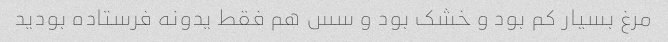
مرغ بسیار کم بود و خشک بود و سس هم فقط یدونه فرستاده بودید